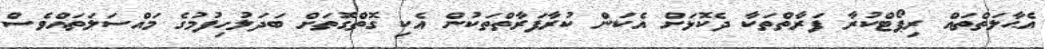
އެޙާލަތްތައް ރިޕޯޓްކުރާ ފަރާތްތަކާ ދެކޮޅަށް އެކަން ކުރާފަރާތްތަކުން އެކި ގޮތްގޮތަށް ބަދަލުހިފުމުގެ މައްސަލަތައްވެސް